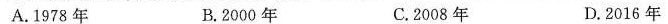
A.1978年 B.2000年 C.2008年 D.2016年